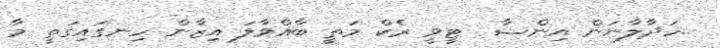
..ހަދާލާނަން އިންޝާ  ޓީވީ ރެކް މަތީ ބާއްވާލަ އިޒާން ހިނގައިގަތީ މާ